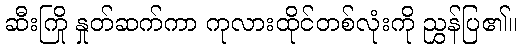
ဆီးကြို နှုတ်ဆက်ကာ ကုလားထိုင်တစ်လုံးကို ညွှန်ပြ၏။